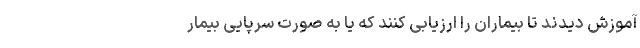
آموزش دیدند تا بیماران را ارزیابی کنند که یا به صورت سرپایی بیمار